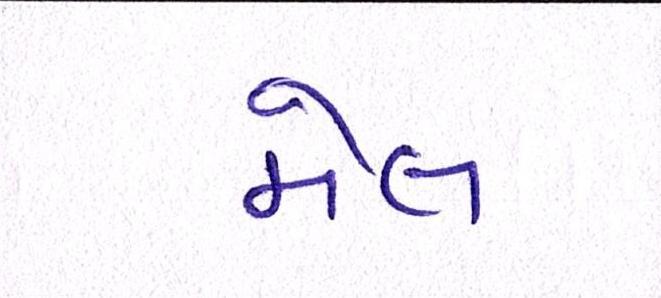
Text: મેલ